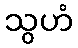
သွဟံ